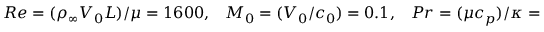
\begin{array} { r } { \begin{array} { c c c c } { { R e } = ( \rho _ { \infty } V _ { 0 } L ) / \mu = 1 6 0 0 , } & { { M } _ { 0 } = ( V _ { 0 } / c _ { 0 } ) = 0 . 1 , } & { { P r } = ( \mu c _ { p } ) / \kappa = 0 . 7 1 , } & { \gamma = c _ { p } / c _ { v } = 1 . 4 } \end{array} } \end{array}